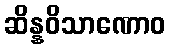
ဆိန္နဝိသာဏောဝ